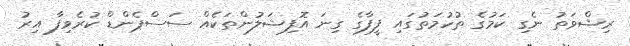
ރިޝްވަތު ނެގި ކަމުގެ ތުހުމަތުގައި ފީފާގެ ގިނަ އޮފިޝަލުންތަކެއް ސަސްޕެންޑް ކުރެވިފާ އިރު